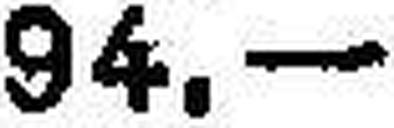
94.—